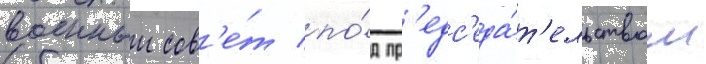
военныи сов'е́т по́д пр'едс'еда́т'ельством